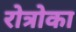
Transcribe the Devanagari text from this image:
रोत्रोका